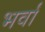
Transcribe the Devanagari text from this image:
भर्वां